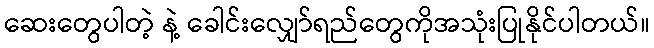
ဆေးတွေပါတဲ့ နဲ့ ခေါင်းလျှော်ရည်တွေကိုအသုံးပြုနိုင်ပါတယ်။